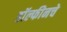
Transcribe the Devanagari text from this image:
डॉल्फीनचे